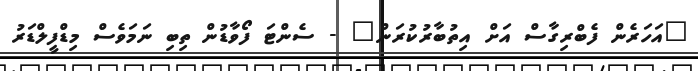
"އަހަރެން ފެބްރިގާސް އަށް އިތުބާރުކުރަން" - ސެންޓަ ފޯވާޑުން ތިބި ނަމަވެސް މިޑްފީލްޑަރު